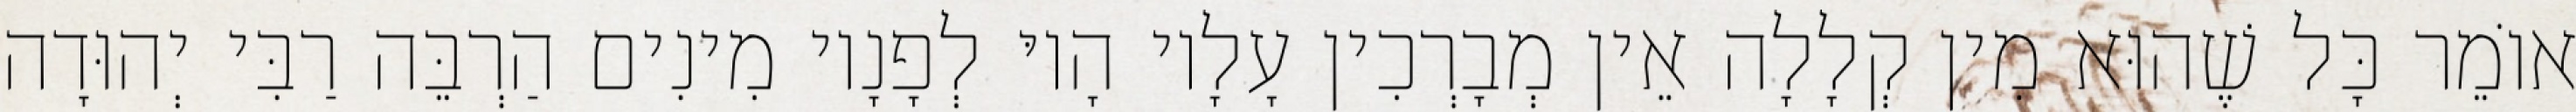
אוֹמֵר כָּל שֶׁהוּא מִין קְלָלָה אֵין מְבָרְכִין עָלָיו הָיוּ לְפָנָיו מִינִים הַרְבֵּה רַבִּי יְהוּדָה